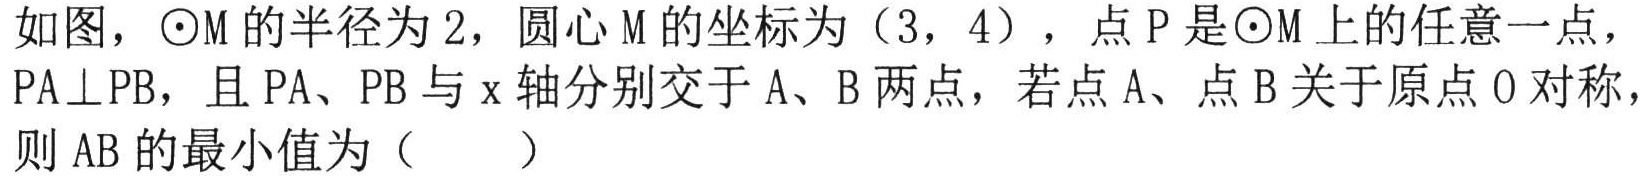
如图，\(\odot M\)的半径为2，圆心\(M\)的坐标为（3，4），点\(P\)是\(\odot M\)上的任意一点，\(PA\perp PB\)，且\(PA\)、\(PB\)与\(x\)轴分别交于\(A\)、\(B\)两点，若点\(A\)、点\(B\)关于原点\(O\)对称，则\(AB\)的最小值为（  ）